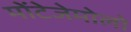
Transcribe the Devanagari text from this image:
मोंटेजेमोलो